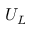
U _ { L }